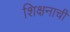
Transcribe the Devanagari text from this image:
शिक्षनाची